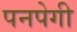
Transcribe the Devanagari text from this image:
पनपेगी